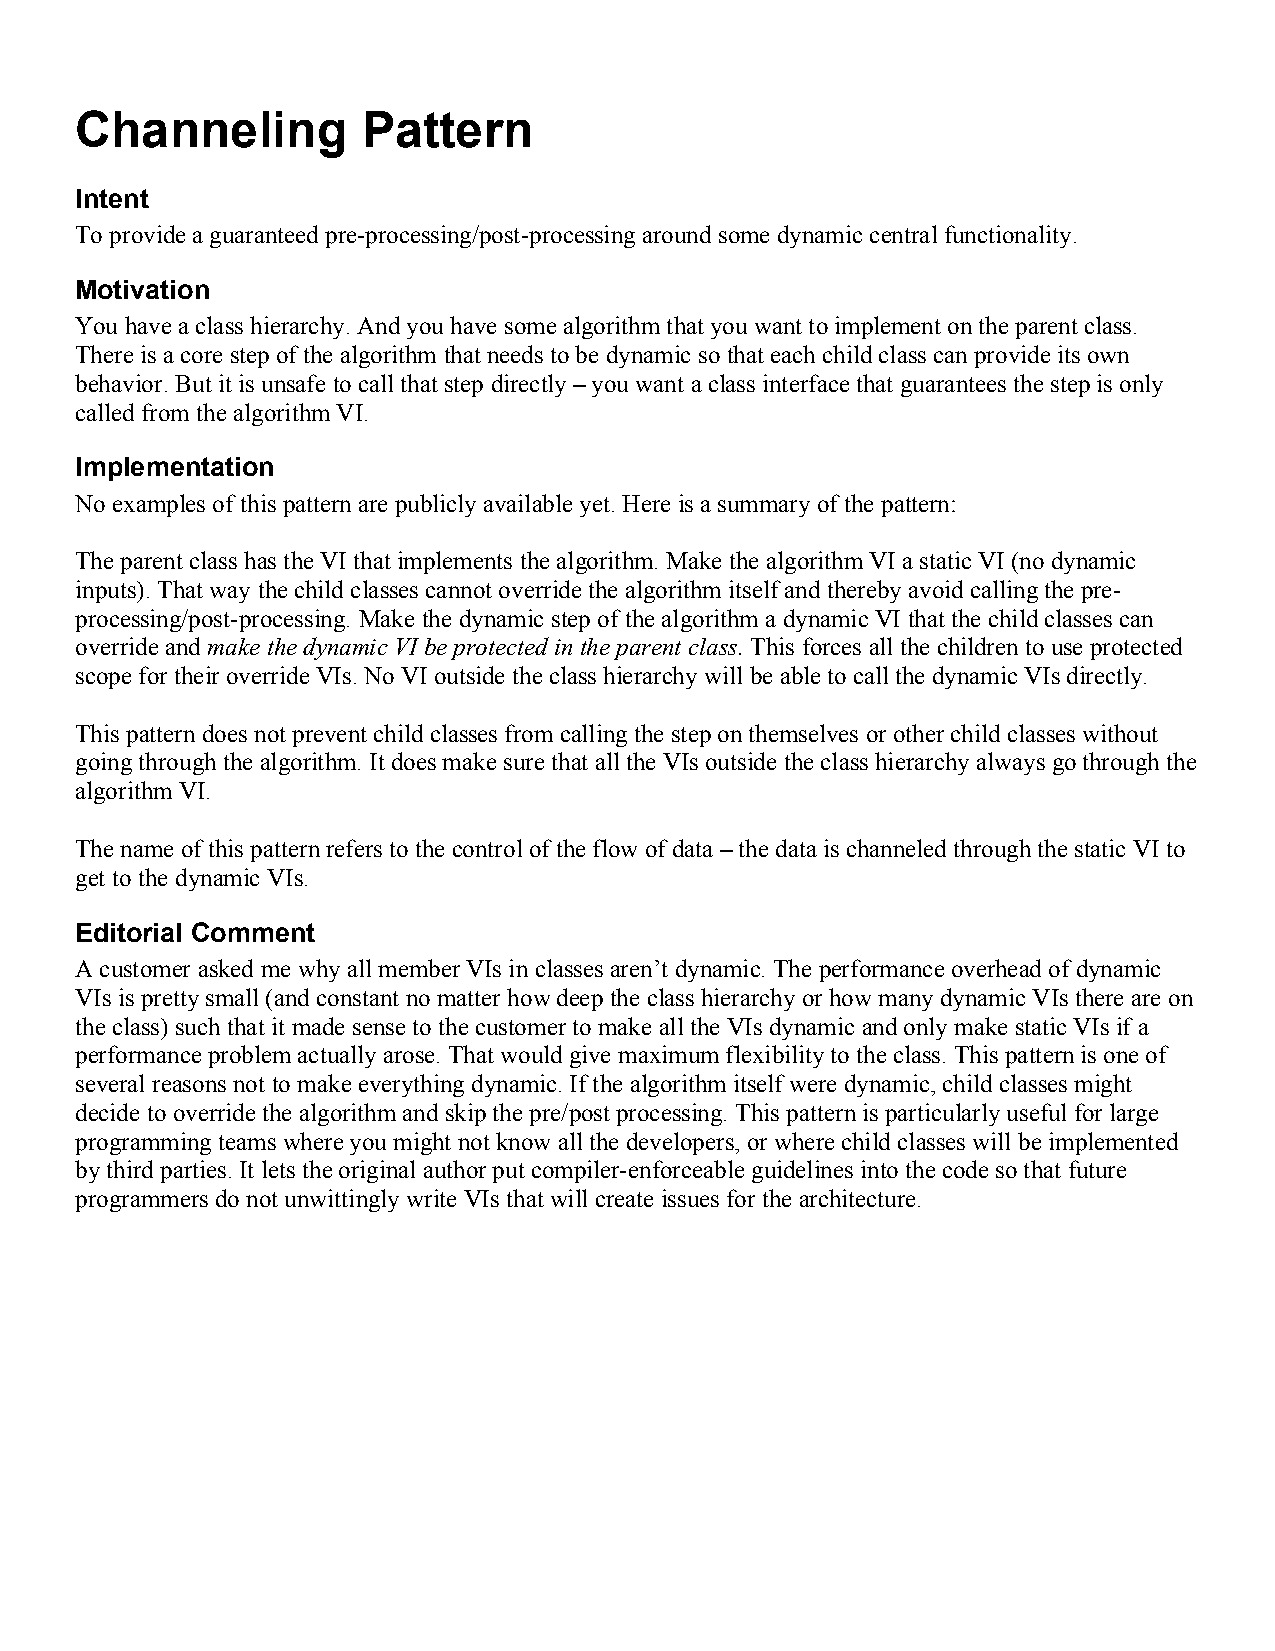
Channeling         Pattern
 Intent
 To provide a guaranteed pre-processing/post-processing around some dynamic central functionality.
 Motivation
 You have a class hierarchy. And you have some algorithm that you want to implement on the parent class.
 There is a core step of the algorithm that needs to be dynamic so that each child class can provide its own
 behavior. But it is unsafe to call that step directly – you want a class interface that guarantees the step is only
 called from the algorithm VI.
 Implementation
 No examples of this pattern are publicly available yet. Here is a summary of the pattern:
 The parent class has the VI that implements the algorithm. Make the algorithm VI a static VI (no dynamic
 inputs). That way the child classes cannot override the algorithm itself and thereby avoid calling the pre-
 processing/post-processing. Make the dynamic step of the algorithm a dynamic VI that the child classes can
 override and make the dynamic VI be protected in the parent class. This forces all the children to use protected
 scope for their override VIs. No VI outside the class hierarchy will be able to call the dynamic VIs directly.
 This pattern does not prevent child classes from calling the step on themselves or other child classes without
 going through the algorithm. It does make sure that all the VIs outside the class hierarchy always go through the
 algorithm VI.
 The name of this pattern refers to the control of the flow of data – the data is channeled through the static VI to
 get to the dynamic VIs.
 Editorial Comment
 A customer asked me why all member VIs in classes aren’t dynamic. The performance overhead of dynamic
 VIs is pretty small (and constant no matter how deep the class hierarchy or how many dynamic VIs there are on
 the class) such that it made sense to the customer to make all the VIs dynamic and only make static VIs if a
 performance problem actually arose. That would give maximum flexibility to the class. This pattern is one of
 several reasons not to make everything dynamic. If the algorithm itself were dynamic, child classes might
 decide to override the algorithm and skip the pre/post processing. This pattern is particularly useful for large
 programming teams where you might not know all the developers, or where child classes will be implemented
 by third parties. It lets the original author put compiler-enforceable guidelines into the code so that future
 programmers do not unwittingly write VIs that will create issues for the architecture.